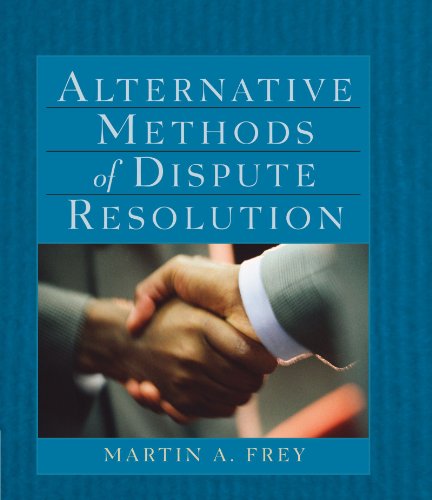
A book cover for Alternative Methods of Dispute Resolution; Martin A. Frey; Law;